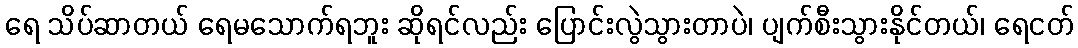
ရေ သိပ်ဆာတယ် ရေမသောက်ရဘူး ဆိုရင်လည်း ပြောင်းလွဲသွားတာပဲ၊ ပျက်စီးသွားနိုင်တယ်၊ ရေငတ်